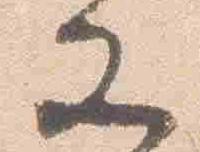
又